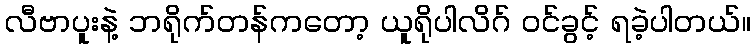
လီဗာပူးနဲ့ ဘရိုက်တန်ကတော့ ယူရိုပါလိဂ် ဝင်ခွင့် ရခဲ့ပါတယ်။